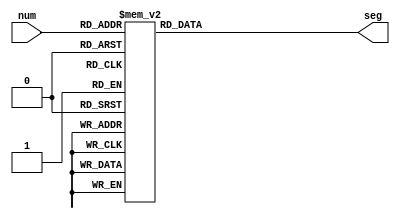
module display_7seg( seg, num);
	
	input	 	[3:0]	num;
	output 	[6:0]	seg;
	reg		[6:0]	seg;

always	@(num)

	begin

			case(num)
			4'h1: seg = 7'b1111001;	
			4'h2: seg = 7'b0100100; 
			4'h3: seg = 7'b0110000; 
			4'h4: seg = 7'b0011001; 	
			4'h5: seg = 7'b0010010; 	
			4'h6: seg = 7'b0000010; 	
			4'h7: seg = 7'b1111000; 	
			4'h8: seg = 7'b0000000; 
			4'h9: seg = 7'b0011000; 	
			4'ha: seg = 7'b0001000;
			4'hb: seg = 7'b0000011;
			4'hc: seg = 7'b1000110;
			4'hd: seg = 7'b0100001;
			4'he: seg = 7'b0000110;
			4'hf: seg = 7'b0001110;
			4'h0: seg = 7'b1000000;
			endcase
	end

endmodule